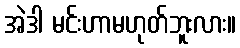
အဲဒါ မင်းဟာမဟုတ်ဘူးလား။